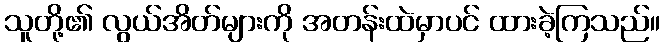
သူတို့၏ လွယ်အိတ်များကို အတန်းထဲမှာပင် ထားခဲ့ကြသည်။